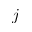
j